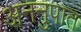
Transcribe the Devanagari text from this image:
अननुपात